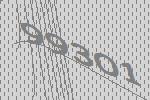
99301